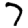
Digit: 7